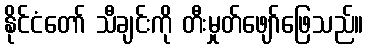
နိုင်ငံတော် သီချင်းကို တီးမှုတ်ဖျော်ဖြေသည်။